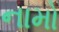
નામો